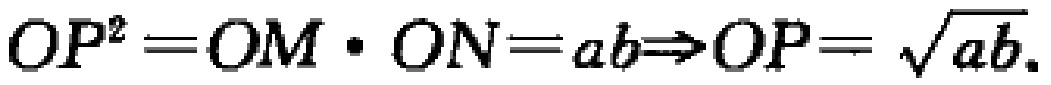
\(OP^{2}=OM\cdot ON = ab\Rightarrow OP=\sqrt{ab}\)